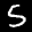
Label: 5